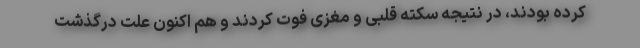
کرده بودند، در نتیجه سکته قلبی و مغزی فوت کردند و هم اکنون علت درگذشت